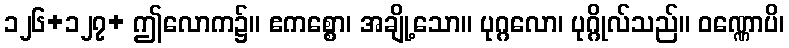
၁၂၆+၁၂၇+ ဤလောက၌။ ဧကစ္စော၊ အချို့သော။ ပုဂ္ဂလော၊ ပုဂ္ဂိုလ်သည်။ ဝဏ္ဏောပိ၊